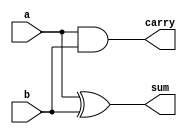
`timescale 1ns / 1ps
//////////////////////////////////////////////////////////////////////////////////
// Company: 
// Engineer: 
// 
// Design Name: 
// Module Name:    halfadder 
// Project Name: 
// Target Devices: 
// Tool versions: 
// Description: 
//
// Dependencies: 
//
// Revision: 
// Revision 0.01 - File Created
// Additional Comments: 
//
//////////////////////////////////////////////////////////////////////////////////
module halfadder(
    input a,
    input b,
    output sum,
    output carry
    );

xor(sum,a,b);
and(carry,a,b);

endmodule